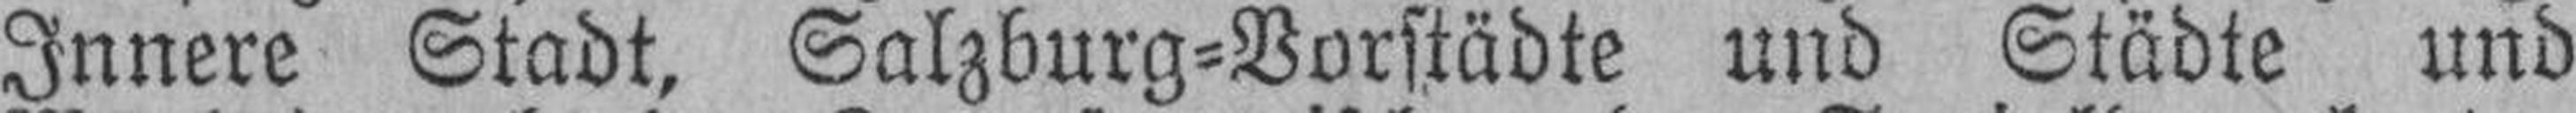
Innere Stadt, Salzburg=Vorstädte und Städte und